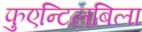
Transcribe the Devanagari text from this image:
फुएन्टिलबिला